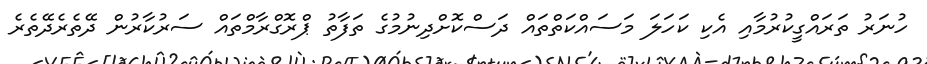
ހުނަރު ތަރައްގީކުރުމާއި އެކި ކަހަލަ މަސައްކަތްތައް ދަސްކޮށްދިނުމުގެ ތަފާތު ޕްރޮގްރާމްތައް ސަރުކާރުން ދޭތެރެދޭތެރެ